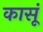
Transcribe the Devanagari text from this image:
कासूं